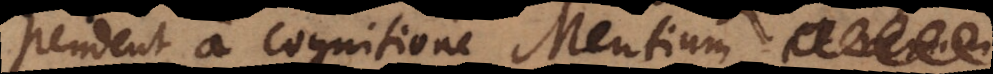
pendent a cognitione Mentium,